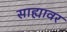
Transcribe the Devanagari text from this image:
साह्यावर